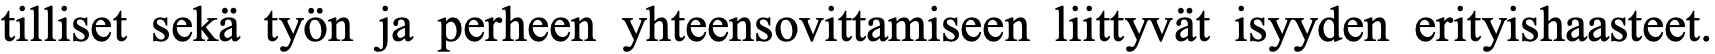
tilliset sekä työn ja perheen yhteensovittamiseen liittyvät isyyden erityishaasteet.